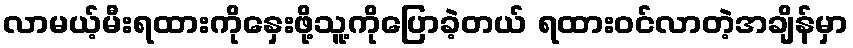
လာမယ့်မီးရထားကိုနှေးဖို့သူ့ကိုပြောခဲ့တယ် ရထားဝင်လာတဲ့အချိန်မှာ